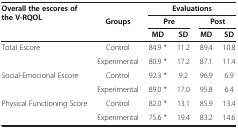
<table><thead><tr><td rowspan="3"><b>Overall the escores of the V-RQOL</b></td><td rowspan="3"><b>Groups</b></td><td colspan="4"><b>Evaluations</b></td></tr><tr><td colspan="2"><b>Pre</b></td><td colspan="2"><b>Post</b></td></tr><tr><td><b>MD</b></td><td><b>SD</b></td><td><b>MD</b></td><td><b>SD</b></td></tr></thead><tbody><tr><td rowspan="2">Total Escore</td><td>Control</td><td>84.9 *</td><td>11.2</td><td>89.4</td><td>10.8</td></tr><tr><td>Experimental</td><td>80.9 *</td><td>17.2</td><td>87.1</td><td>11.4</td></tr><tr><td rowspan="2">Social-Emocional Escore</td><td>Control</td><td>92.3 *</td><td>9.2</td><td>96.9</td><td>6.9</td></tr><tr><td>Experimental</td><td>89.0 *</td><td>17.0</td><td>95.8</td><td>6.4</td></tr><tr><td rowspan="2">Physical Functioning Score</td><td>Control</td><td>82.0 *</td><td>13.1</td><td>85.9</td><td>13.4</td></tr><tr><td>Experimental</td><td>75.6 *</td><td>19.4</td><td>83.2</td><td>14.6</td></tr></tbody></table>